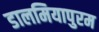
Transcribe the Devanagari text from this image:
डालमियापुरम